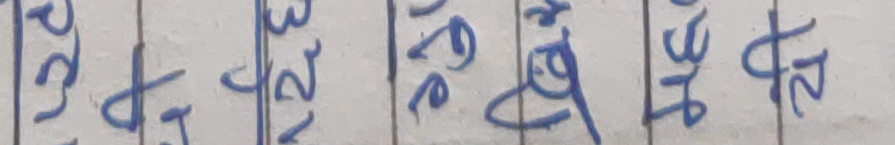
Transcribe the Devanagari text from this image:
२३०९।०२३। ३० है। २४